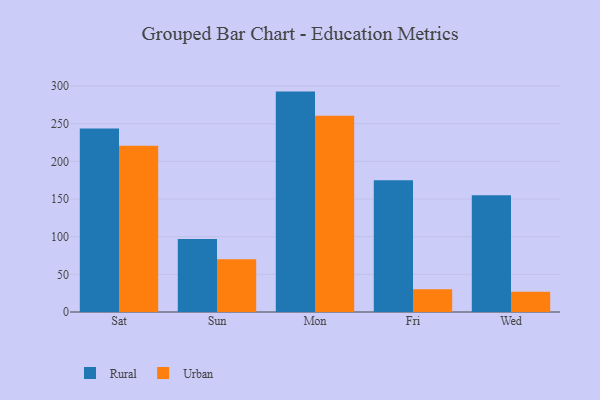
{"axis": {"x": "Day", "y": "Headcount"}, "legend": ["Rural", "Urban"], "data": [{"x": "Sat", "y": 243.5, "type": "Rural"}, {"x": "Sat", "y": 220.7, "type": "Urban"}, {"x": "Sun", "y": 97.0, "type": "Rural"}, {"x": "Sun", "y": 70.1, "type": "Urban"}, {"x": "Mon", "y": 292.6, "type": "Rural"}, {"x": "Mon", "y": 260.6, "type": "Urban"}, {"x": "Fri", "y": 175.0, "type": "Rural"}, {"x": "Fri", "y": 30.1, "type": "Urban"}, {"x": "Wed", "y": 154.9, "type": "Rural"}, {"x": "Wed", "y": 27.0, "type": "Urban"}]}